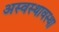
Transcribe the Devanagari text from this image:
अस्वस्थावस्था